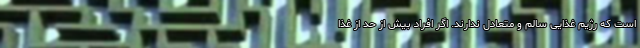
است که رژیم غذایی سالم و متعادل ندارند. اگر افراد بیش از حد از غذا